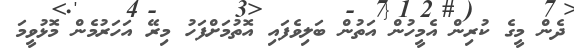
ދެން މީގެ ކުރިން އެމީހުން އަތުން ބަލިވެފައި އޮތުމަށްފަހު މިރޭ އަހަރުމެން މޮޅުވީމަ